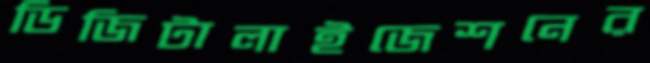
ডিজিটালাইজেশনের